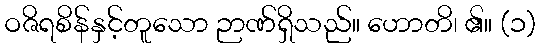
ဝဇိရစိန်နှင့်တူသော ဉာဏ်ရှိသည်။ ဟောတိ၊ ၏။ (၁)